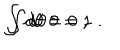
\int d \theta = 0 \; , \hspace { 1 c m } \int d \theta \, \theta = 1 \; .